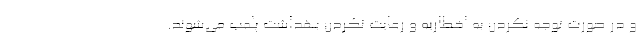
و در صورت توجه نکردن به اخطاریه و رعایت نکردن بهداشت پلمب می‌شوند.